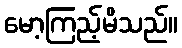
မော့ကြည့်မိသည်။